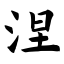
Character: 涅